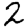
Digit: 2